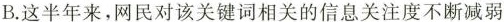
B. 这半年来，网民对该关键词相关的信息关注度不断减弱